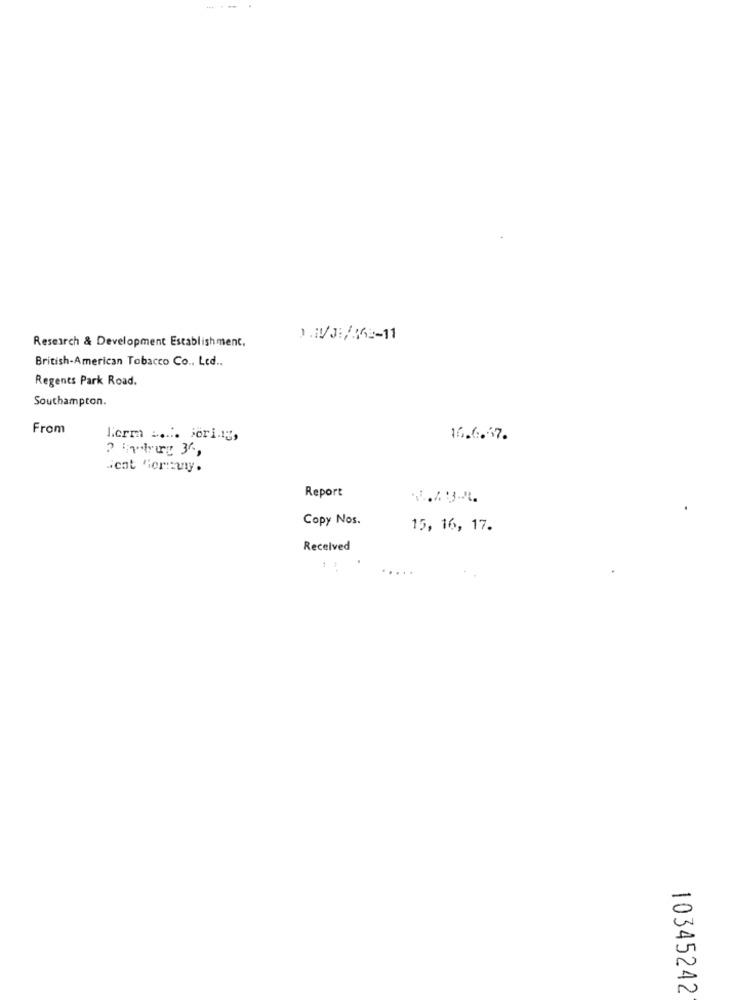
Research & Development Establishment,
British-American Tobacco Co ., Led ..
Regents Park Road.
Southampton.
From
Term .. Fering,
16.6.67.
Report
Copy Nos.
15, 16, 17.
Received
10345242